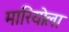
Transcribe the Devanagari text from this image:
मारियोला